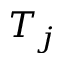
T _ { j }